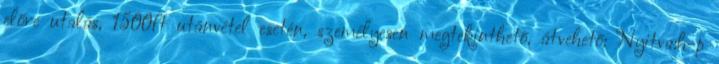
előre utalás, 1500ft utánvétel esetén, személyesen megtekinthető, átvehető: Nyitva:h-p